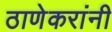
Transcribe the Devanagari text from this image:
ठाणेकरांनी